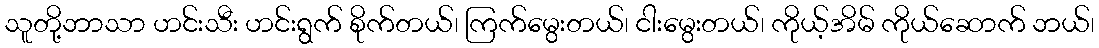
သူတို့ဘာသာ ဟင်းသီး ဟင်းရွက် စိုက်တယ်၊ ကြက်မွေးတယ်၊ ငါးမွေးတယ်၊ ကိုယ့်အိမ် ကိုယ်ဆောက် ဘယ်၊